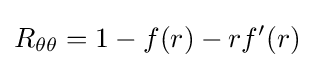
R_{\theta \theta }=1-f(r)-rf'(r)